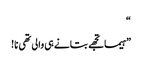
“
”ہیما تجھے بتانے ہی والی تھی نا!